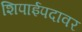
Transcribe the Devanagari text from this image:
शिपाईपदावर